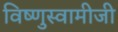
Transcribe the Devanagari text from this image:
विष्णुस्वामीजी